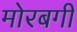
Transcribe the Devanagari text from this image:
मोरबगी